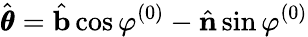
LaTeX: \hat{\pmb{\theta}}=\hat{\mathbf{b}}\cos\varphi^{(0)}-\hat{\mathbf{n}}\sin\varphi^{(0)}